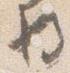
将